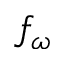
f _ { \omega }